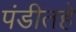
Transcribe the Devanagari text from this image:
पंडीतहे